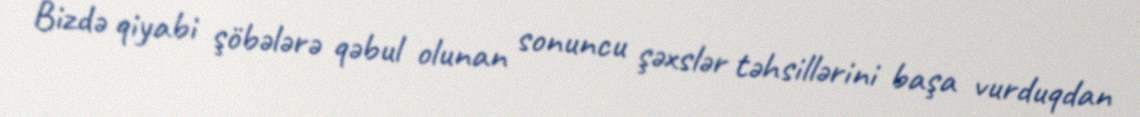
Bizdə qiyabi şöbələrə qəbul olunan sonuncu şəxslər təhsillərini başa vurduqdan